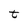
Character: t